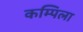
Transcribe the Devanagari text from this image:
कम्पिला